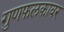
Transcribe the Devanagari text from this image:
गुणफलकावर